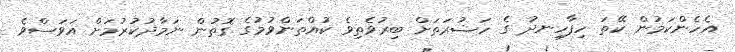
އެހެންކަމުން ކޭތަ ހިފާހިނދު ގެ ހަޟުރަތަށް ބިރުވެތިވެ ކުއްތަންވުމުގެ ގޮތުން ނަމާދުކުރުމަށް އަވަސްވެ